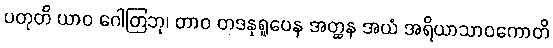
ပတုတိ ယာဝ ဂေါတြဘု၊ တာဝ တဒနုရူပေန အတ္ထန အယံ အရိယာသာဝကောတိ